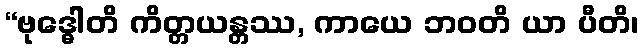
“ဗုဒ္ဓေါတိ ကိတ္တယန္တဿ, ကာယေ ဘဝတိ ယာ ပီတိ၊